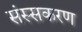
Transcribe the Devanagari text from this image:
संस्सकरण